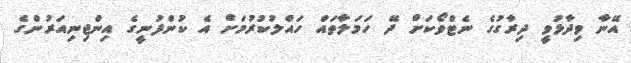
އޭނާ ވިދާޅުވީ ދިރާގުގެ ނެޓްވޯކަށް ދޭ ހަމަލާތައް ހައްލުކުރުމަށް އެ ކުންފުނީގެ އިންޖިނިއަރުންގެ